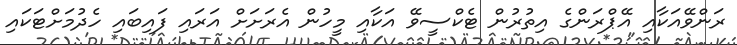
ރަންވޭއަކާއި އޭޕްރަންގެ އިތުރުން ޓެކްސީވޭ އަކާއި މީހުން އެރަށަށް އަރައި ފައިބައި ހެދުމަށްޓަކައި